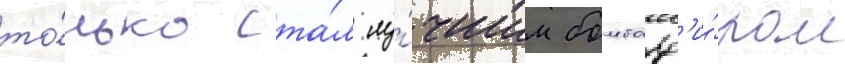
то́лько ста́л лу́чшим бомбард'и́ром